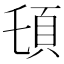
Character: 𩑒